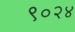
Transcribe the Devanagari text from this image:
९०२४